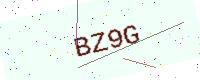
Text: BZ9G